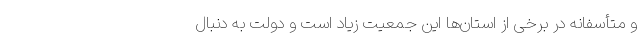
و متأسفانه در برخی از استان‌ها این جمعیت زیاد است و دولت به دنبال